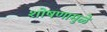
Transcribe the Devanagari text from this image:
शोषणामुळे